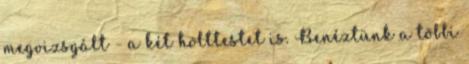
megvizsgált - a két holttestet is. Benéztünk a többi